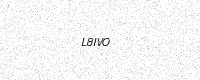
Text: L8IVO